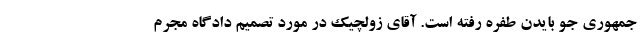
‌جمهوری جو بایدن طفره رفته است. آقای زولچیک در مورد تصمیم دادگاه مجرم